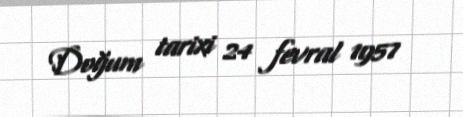
Doğum tarixi 24 fevral 1957